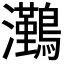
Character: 𭳻